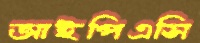
আইপিএসি